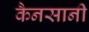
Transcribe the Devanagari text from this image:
कैनसानी